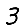
Digit: 3